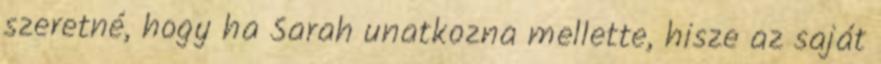
szeretné, hogy ha Sarah unatkozna mellette, hisze az saját